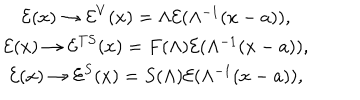
\begin{array} { c } { { \mathcal { E } ( x ) \rightarrow \mathcal { E } ^ { V } ( x ) = \Lambda \mathcal { E } ( \Lambda ^ { - 1 } ( x - a ) ) , } } \\ { { \mathcal { E } ( x ) \rightarrow \mathcal { E } ^ { T S } ( x ) = F ( \Lambda ) \mathcal { E } ( \Lambda ^ { - 1 } ( x - a ) ) , } } \\ { { \mathcal { E } ( x ) \rightarrow \mathcal { E } ^ { S } ( x ) = S ( \Lambda ) \mathcal { E } ( \Lambda ^ { - 1 } ( x - a ) ) , } } \\ \end{array}